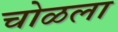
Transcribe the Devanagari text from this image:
चोळला